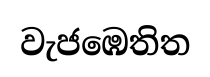
වැජඹෙතිත